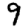
Digit: 9